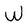
Character: W